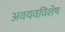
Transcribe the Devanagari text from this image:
अवयवविशेष